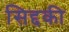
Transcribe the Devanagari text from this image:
सिद्दकी